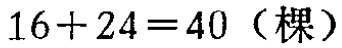
\(16 + 24 = 40\)（棵）